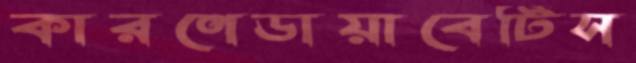
কারণেডায়াবেটিস